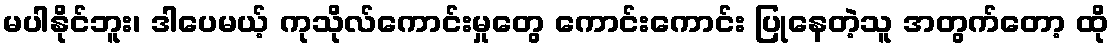
မပါနိုင်ဘူး၊ ဒါပေမယ့် ကုသိုလ်ကောင်းမှုတွေ ကောင်းကောင်း ပြုနေတဲ့သူ အတွက်တော့ ထို